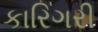
કારિગરી